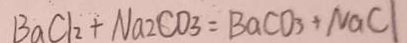
B a C l _ { 2 } + N a 2 C O _ { 3 } = B a C O _ { 3 } + N a C l